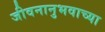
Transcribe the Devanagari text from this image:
जीवनानुभवाच्या